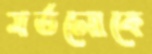
মর্তলোকে